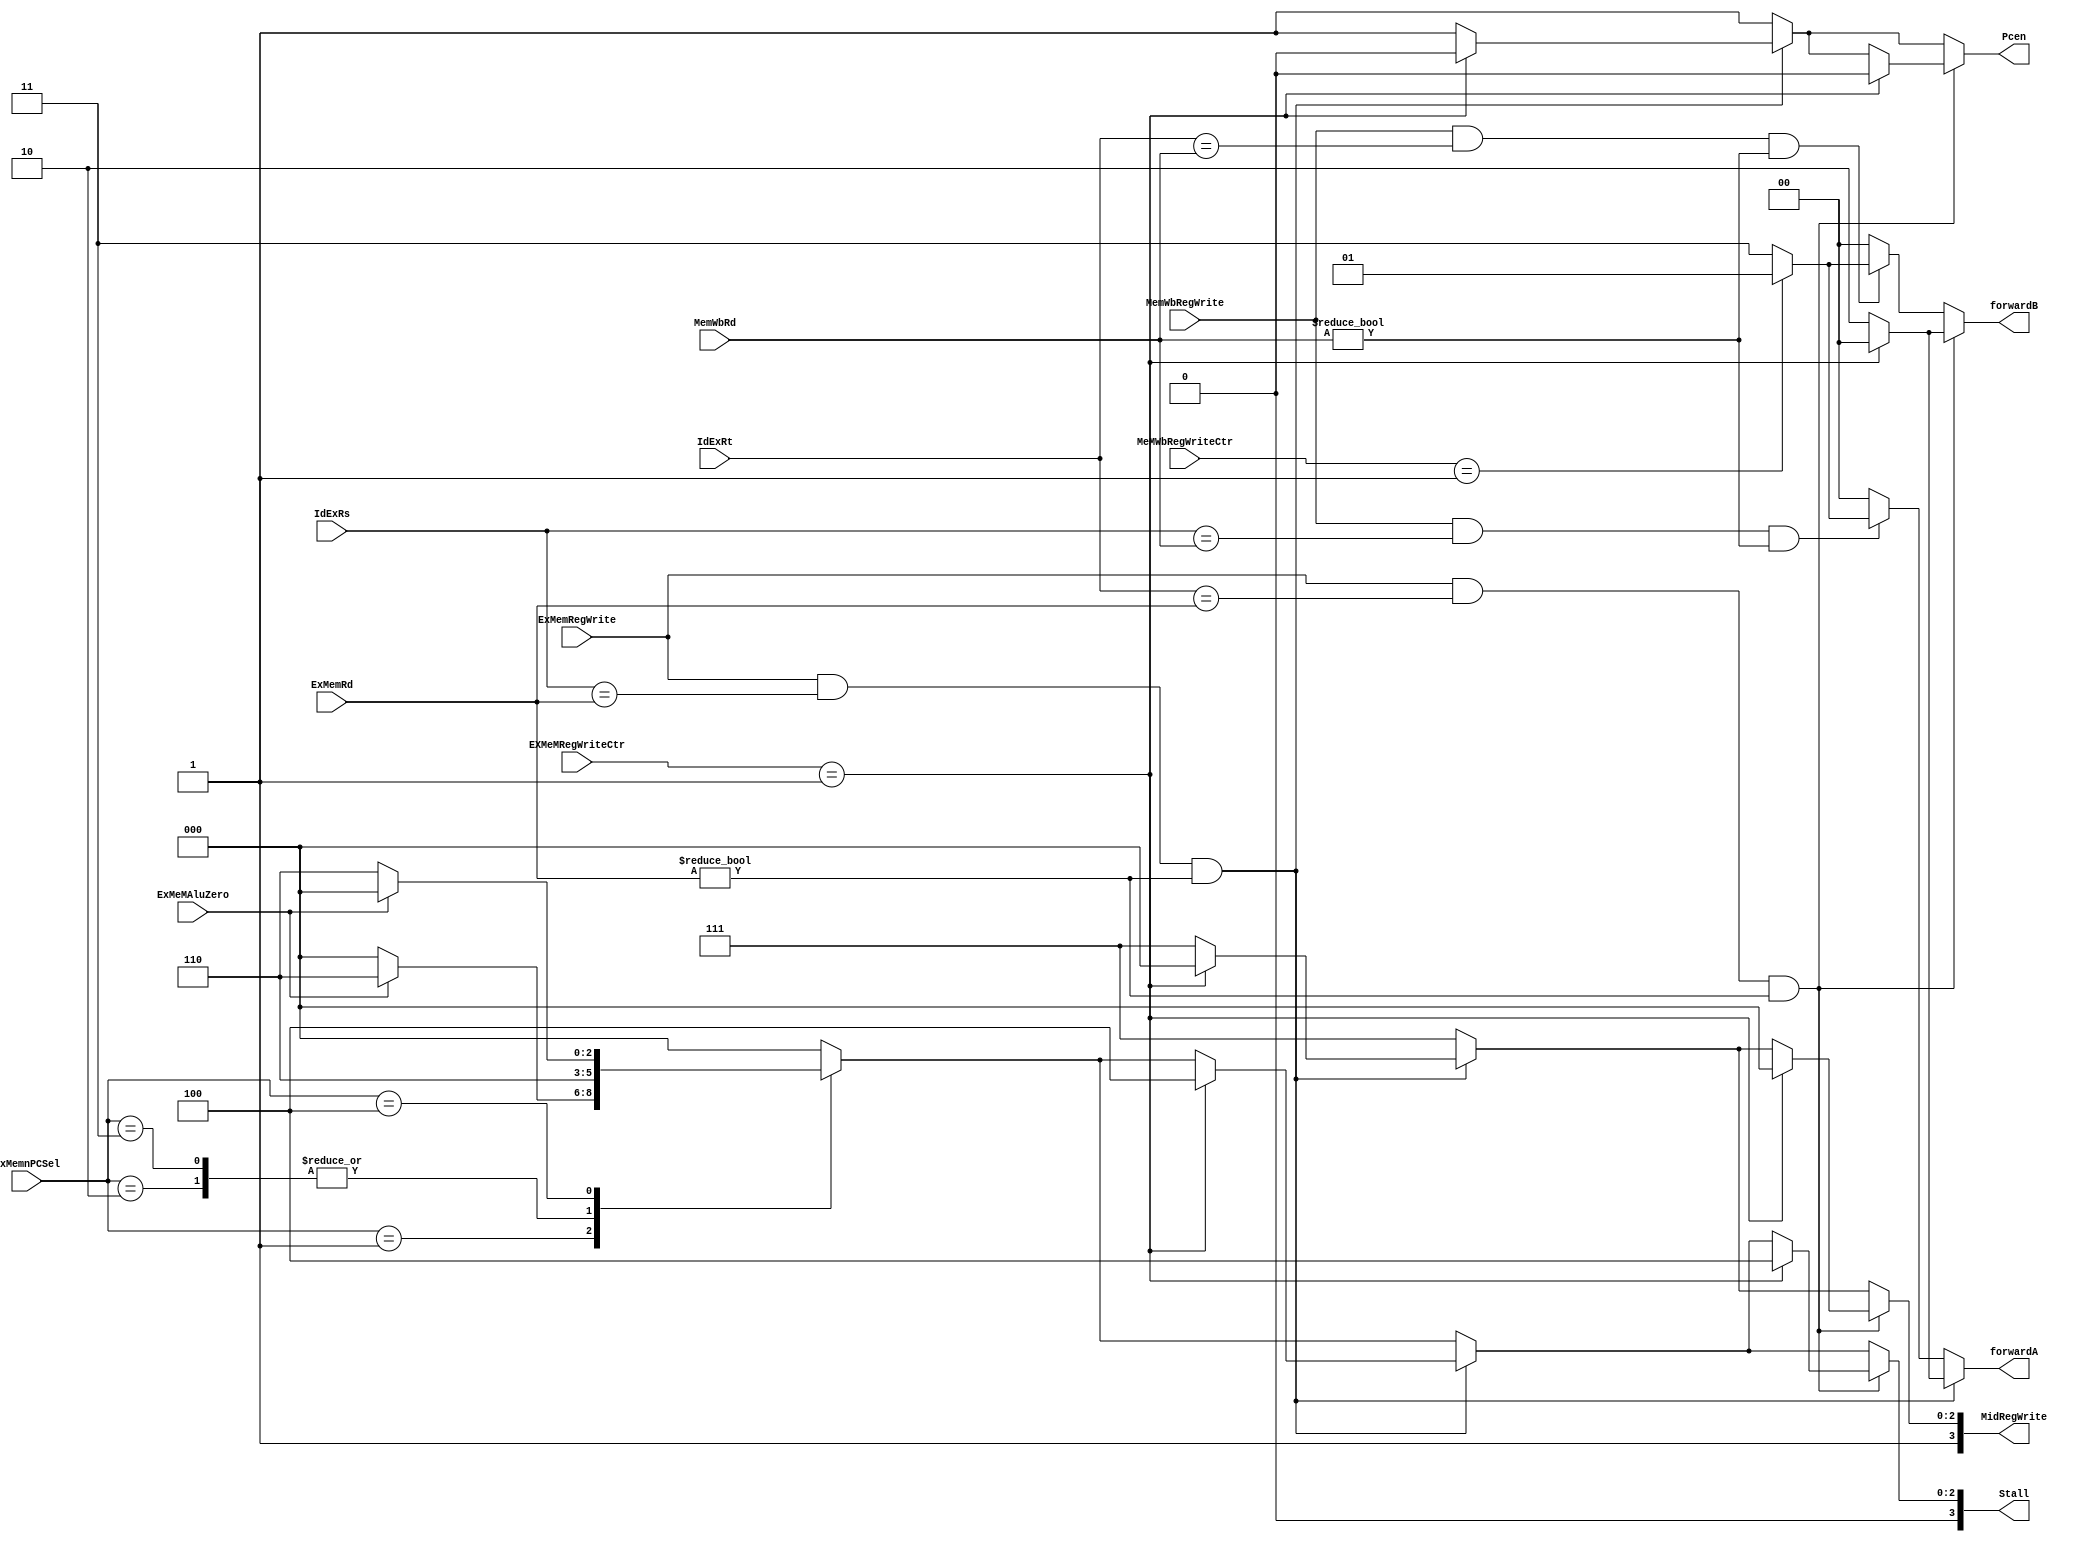
//
module SideWay(
	input[4:0] ExMemRd,
	input[4:0]MemWbRd,
	input ExMemRegWrite,
	input MemWbRegWrite,
	input [4:0]IdExRs,
	input [4:0]IdExRt,
	input [1:0]EXMeMRegWriteCtr,//lw
	input [1:0]MeMWbRegWriteCtr,
	input [2:0]ExMemnPCSel,//
	input ExMeMAluZero,
	output [1:0]forwardA,
	output [1:0]forwardB,
	output [3:0]MidRegWrite,
	output [3:0]Stall,
	output Pcen
	);
	reg [1:0]fA= 2'b00;
	reg [1:0]fB = 2'b00;
	reg [3:0]midregwrite;
	reg [3:0]stall;
	reg pcen;
	assign forwardA = fA;
	assign forwardB = fB;
	assign MidRegWrite =midregwrite;
	assign Stall = stall;
	assign Pcen = pcen;
	always @(*) begin
		fA <= 2'b00;
		fB <= 2'b00;
		midregwrite <= 4'b1111;
		stall <= 4'b0000;
		pcen <= 1'b1;
		case (ExMemnPCSel)    // loadnop0case0
            3'b001: stall <= (ExMeMAluZero) ? 4'b0110 : 4'b0;
            3'b010: stall <= 4'b0110;//PC
            3'b011: stall <= 4'b0110;
            3'b100: stall <= (!ExMeMAluZero) ? 4'b0110 : 4'b0;
            default: stall <= 4'b0;
        endcase  // 
		if (ExMemRegWrite != 0 && IdExRs == ExMemRd && ExMemRd != 5'b00000) begin
			if(EXMeMRegWriteCtr == 2'b01)begin //lw
				midregwrite <= 4'b1000;//
				stall <= 4'b0100;//
				pcen <=1'b0;
				
			end
			else begin
				fA <= 2'b10;
			end
			
		end 
		else if (MemWbRegWrite != 1'b0 && IdExRs == MemWbRd && MemWbRd != 5'b00000) begin 
				if(MeMWbRegWriteCtr == 2'b01) begin
					fA <= 2'b01;
				end
				else begin
					fA <= 2'b11;
				end
						
		end

		if (ExMemRegWrite != 0 && IdExRt == ExMemRd && ExMemRd != 5'b00000) begin
			if(EXMeMRegWriteCtr == 2'b01)begin //lw
				midregwrite <= 4'b1000;//
				stall <= 4'b0100;//
				pcen <=1'b0;
			end
			else begin
				fB <= 2'b10;
			end
			
		end 
		else if (MemWbRegWrite != 1'b0 && IdExRt == MemWbRd && MemWbRd != 5'b00000) begin 
				if(MeMWbRegWriteCtr == 2'b01) begin
					fB <= 2'b01;
				end
				else begin
					fB <= 2'b11;
				end
						
		end
	end
	
endmodule